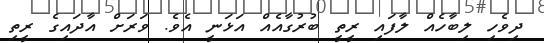
ދިވެހި ލިބާހެއް ލާފައި ރީތީ ބުރުގާއެއް އަޅަނީ އެވެ. ވަރަށް އާދައިގެ ރީތި